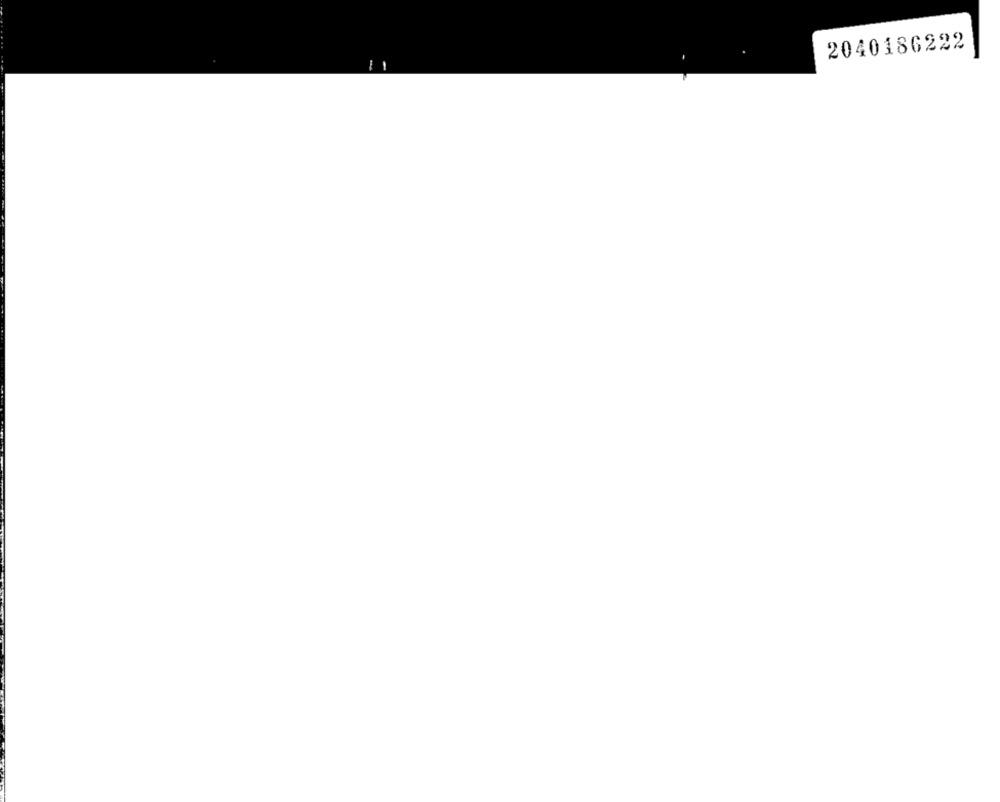
2040186222